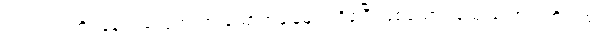
ပါဝင်လုပ်ကိုင်နေသည့် ဝှက်ထားသောအချိန်များ ရှိခဲ့ပြီးဖြစ်သော လူသုံးယောက်တို့သည်